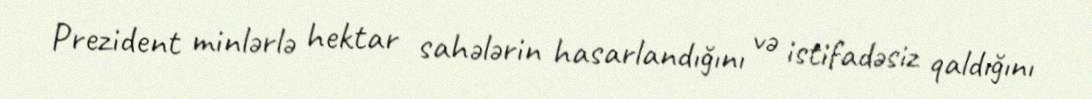
Prezident minlərlə hektar sahələrin hasarlandığını və istifadəsiz qaldığını